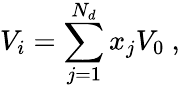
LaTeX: V_{i}=\sum_{j=1}^{N_{d}}x_{j}V_{0}\mathrm{~,~}